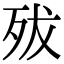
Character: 𣧧